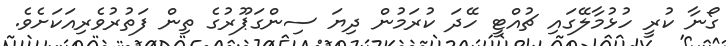
ގޯނާ ކުރީ ހުޅުމާލޭގައި ޗުއްޓީ ހޭދަ ކުރަމުން ދިޔަ ސިންގަޕޫރުގެ ތިން ފަތުރުވެރިއަކަށެވެ.